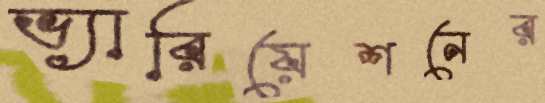
ভ্যারিয়েশনের